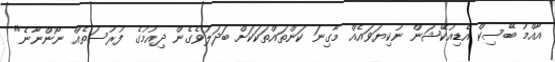
އާއްމު ބޭސިކް އެޑިއުކޭޝަން ނުކިޔަވައެއް މާގިނަ ކަންތައްތަކަކަށް ބަދަލުވެގެން ދިއުމުގެ ފުރުސަތެއް ނޯންނާނެ"